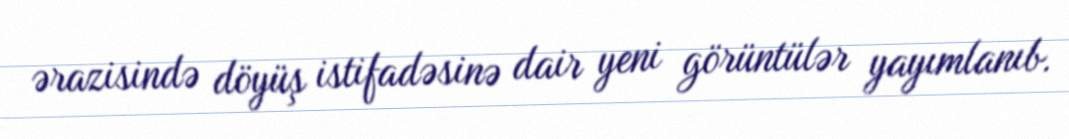
ərazisində döyüş istifadəsinə dair yeni görüntülər yayımlanıb.